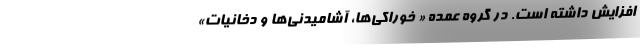
افزایش داشته است. در گروه عمده « خوراکی‌ها، آشامیدنی‌ها و دخانیات»